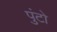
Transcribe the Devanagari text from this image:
पुंटो